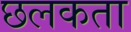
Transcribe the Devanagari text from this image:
छलकता